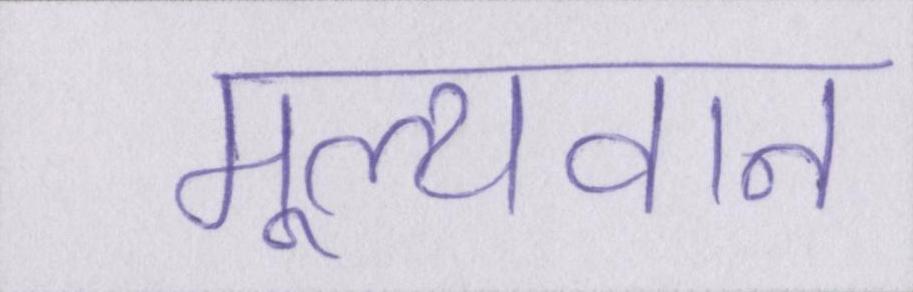
मूल्यवान